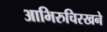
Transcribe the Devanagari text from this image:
आभिरुचिरखने